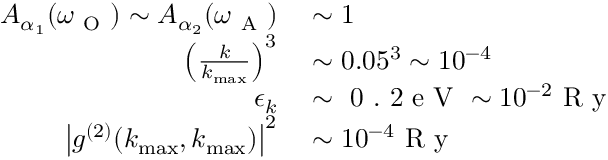
\begin{array} { r l } { A _ { \alpha _ { 1 } } ( \omega _ { \mathrm { ~ O ~ } } ) \sim A _ { \alpha _ { 2 } } ( \omega _ { \mathrm { ~ A ~ } } ) } & { { } \sim 1 } \\ { \left( \frac { k } { k _ { \operatorname* { m a x } } } \right) ^ { 3 } } & { { } \sim 0 . 0 5 ^ { 3 } \sim 1 0 ^ { - 4 } } \\ { \epsilon _ { k } } & { { } \sim \mathrm { ~ 0 ~ . ~ 2 ~ e ~ V ~ } \sim 1 0 ^ { - 2 } \mathrm { ~ R ~ y ~ } } \\ { \big | g ^ { ( 2 ) } ( k _ { \operatorname* { m a x } } , k _ { \operatorname* { m a x } } ) \big | ^ { 2 } } & { { } \sim 1 0 ^ { - 4 } \mathrm { ~ R ~ y ~ } } \end{array}